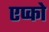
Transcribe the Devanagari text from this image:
एप्को